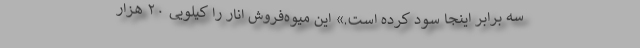
سه برابر اینجا سود کرده است.» این میوه‌فروش انار را کیلویی ۲۰ هزار